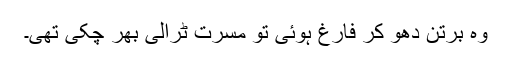
وہ برتن دھو کر فارغ ہوئی تو مسرت ٹرالی بھر چکی تھی۔